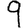
Digit: 9